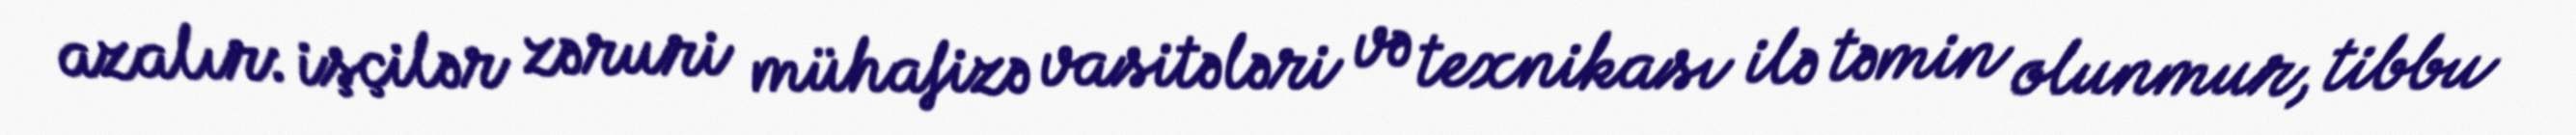
azalır: işçilər zəruri mühafizə vasitələri və texnikası ilə təmin olunmur, tibbu